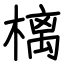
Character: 樆